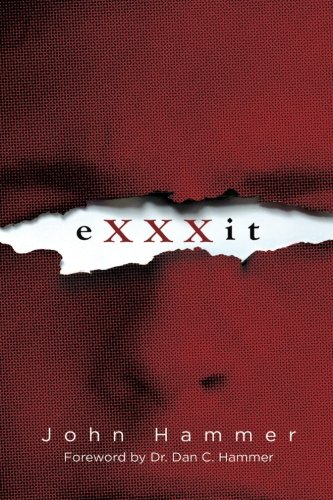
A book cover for eXXXit; John Hammer; Health, Fitness & Dieting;